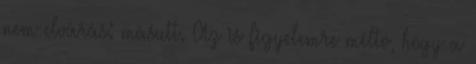
nem elvárás: másutt. Az is figyelemre méltó, hogy a